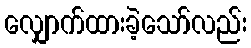
လျှောက်ထားခဲ့သော်လည်း